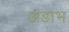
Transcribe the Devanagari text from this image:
अंडाभ